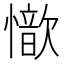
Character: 𢣇